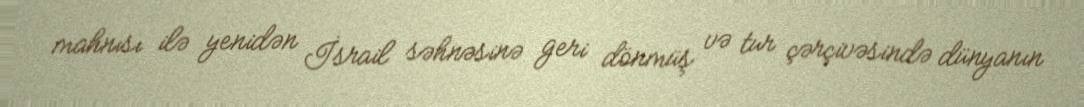
mahnısı ilə yenidən İsrail səhnəsinə geri dönmüş və tur çərçivəsində dünyanın